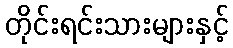
တိုင်းရင်းသားများနှင့်